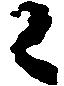
候